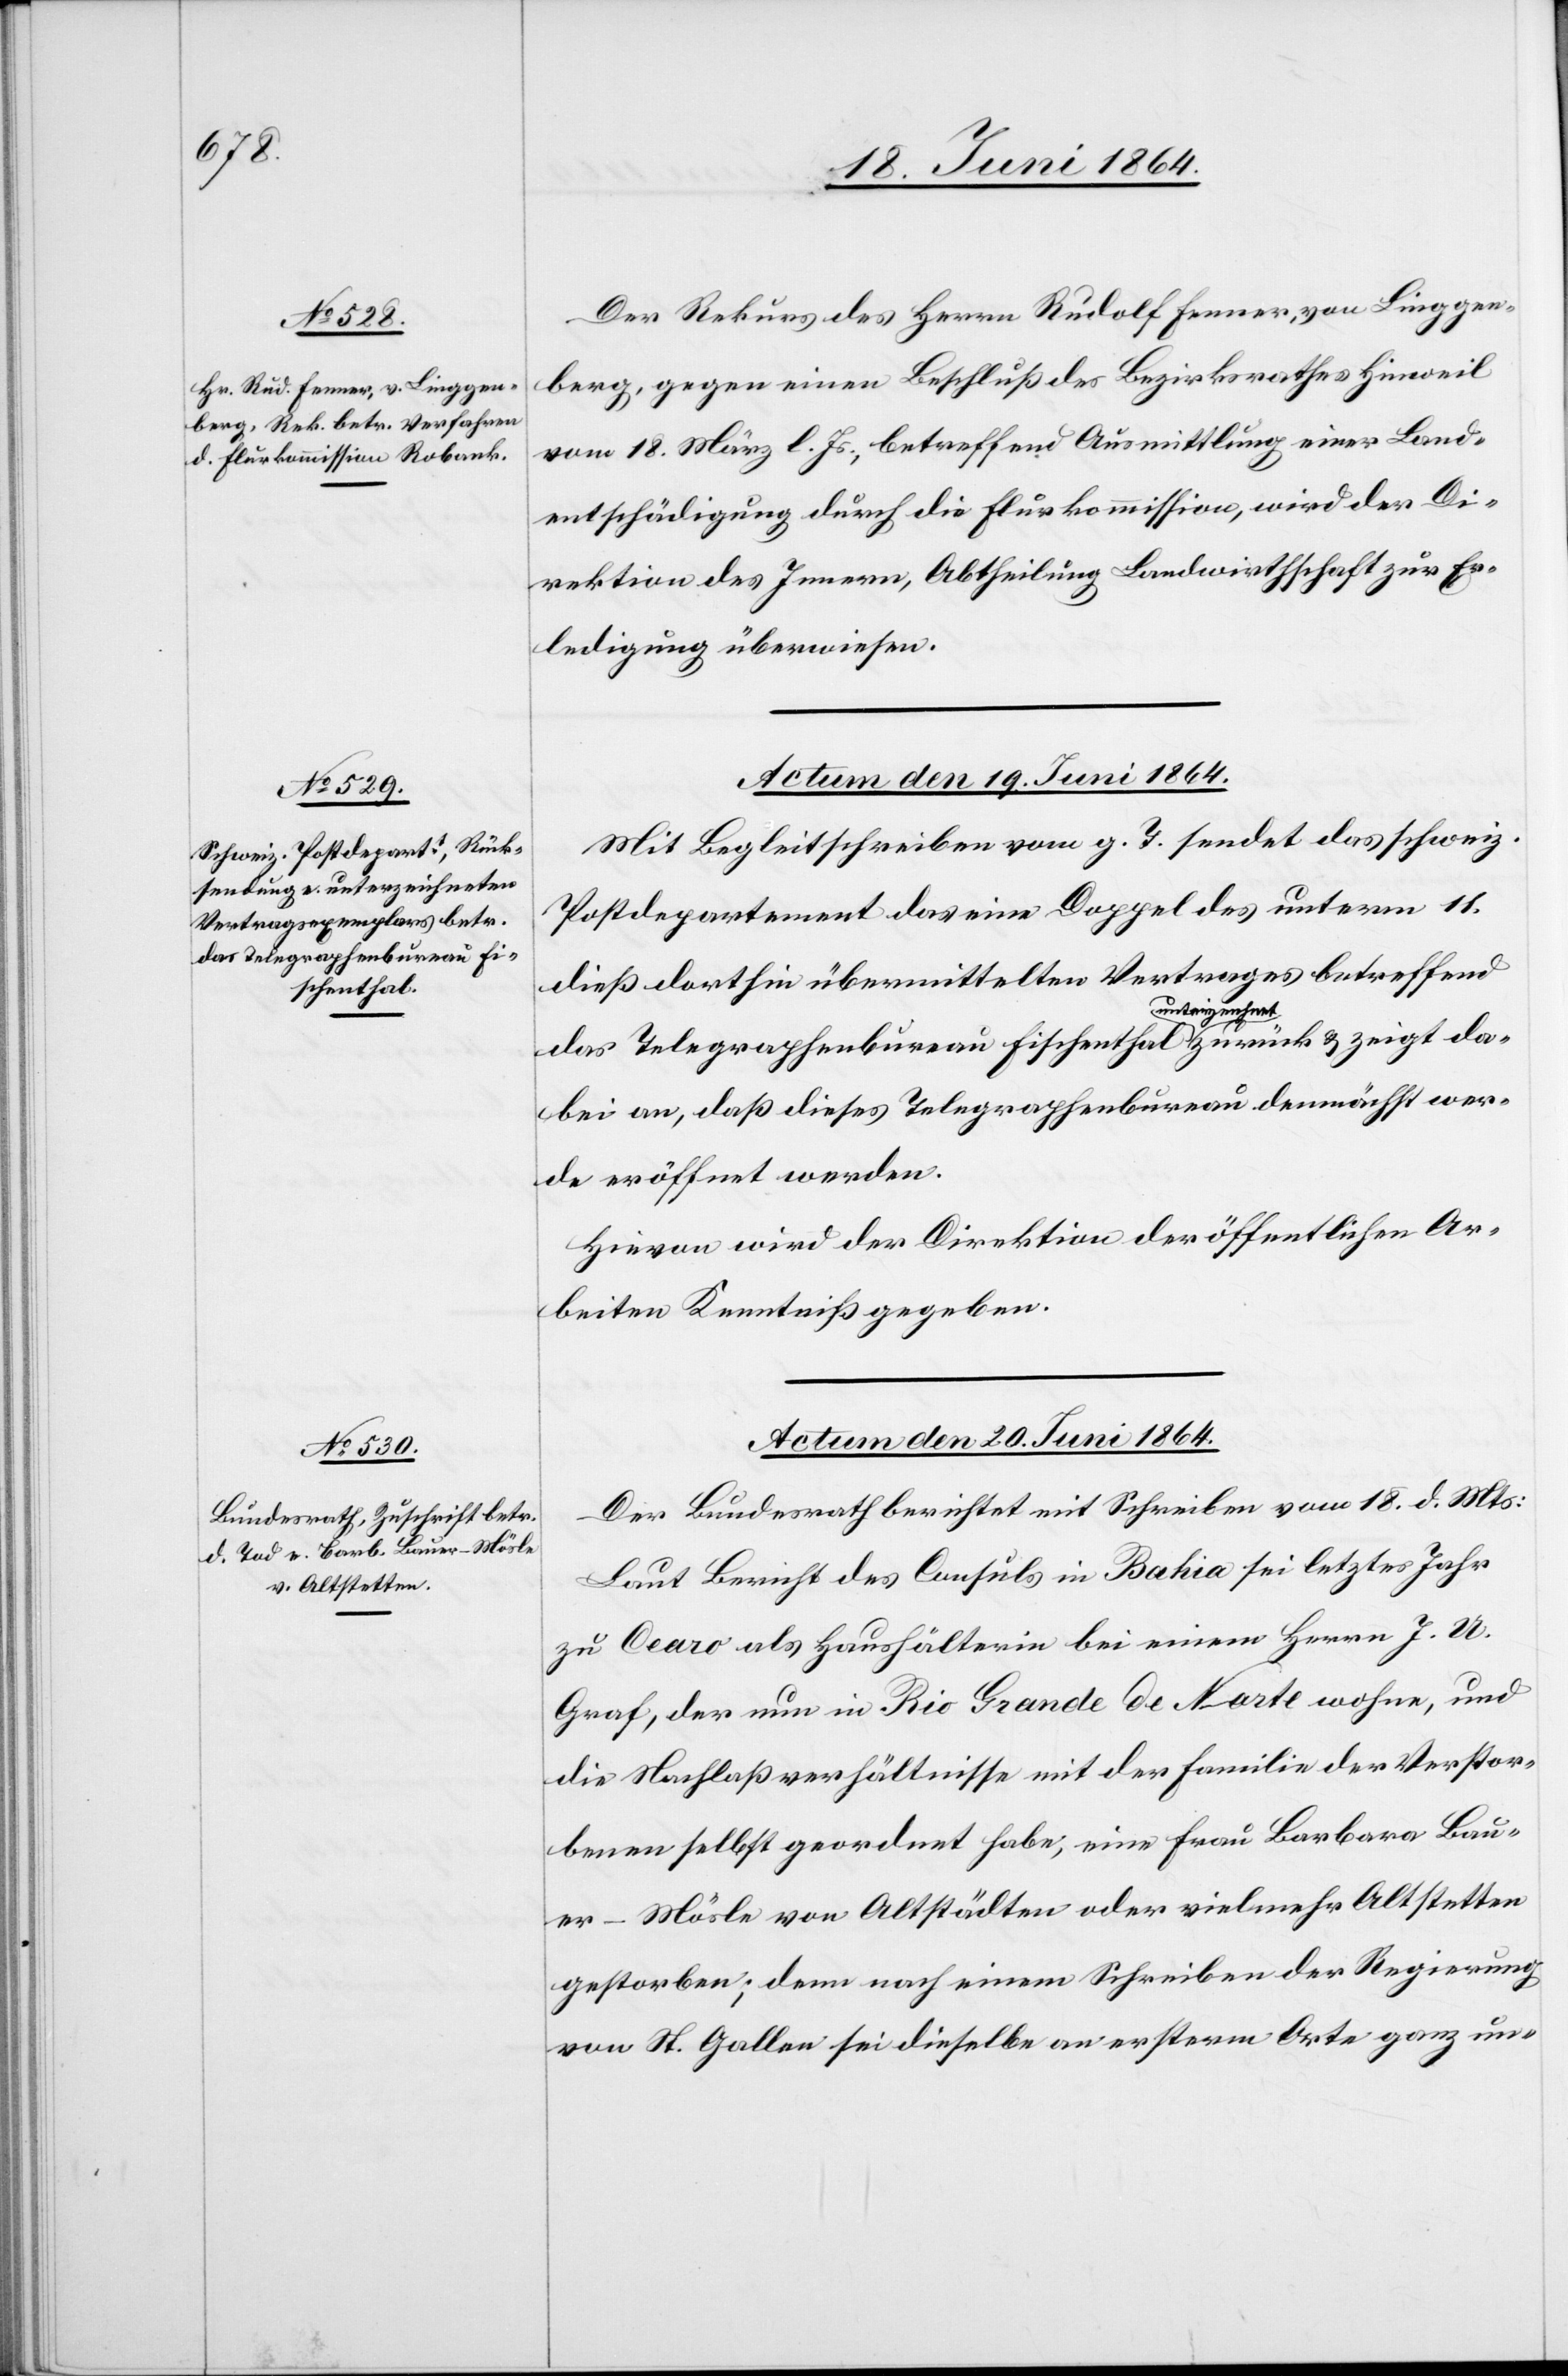
das Telegraphenbureau Fi¬
schenthal

Der Rekurs des Herrn Rudolf Fenner, von Linggen¬
berg, gegen einen Beschluß des Bezirksrathes Hinweil
vom 18. März l. Js., betreffend Ausmittlung einer Land¬
entschädigung durch die Flurkommission, wird der Di¬
rektion des Innern, Abtheilung Landwirtschaft zur Er¬
ledigung überwiesen.
Actum den 19. Juni 1864.
Mit Begleitschreiben vom g. T. sendet das schweiz.
Postdepartement das eine Doppel des unterm 11.
dieß dorthin übermittelten Vertrages betreffend
zurück u. zeigt da¬
bei an, daß dieses Telegraphenbureau demnächst wer¬
de eröffnet werden.
Actum den 20. Juni 1864.
Der Bundesrath berichtet mit Schreiben vom 18. d. Mts.:
Laut Bericht des Consuls in Bahia sei letztes Jahr
zu Cearo als Haushälterin bei einem Herrn J. U.
Graf, der nun in Rio Grande de Norte wohne, und
die Nachlaßverhältnisse mit der Familie der Verstor¬
benen selbst geordnet habe, eine Frau Barbara Bau¬
er-Mösle von Altstädten oder vielmehr Altstetten
gestorben; denn nach einem Schreiben der Regierung
von St. Gallen sei dieselbe an ersterm Orte ganz un-